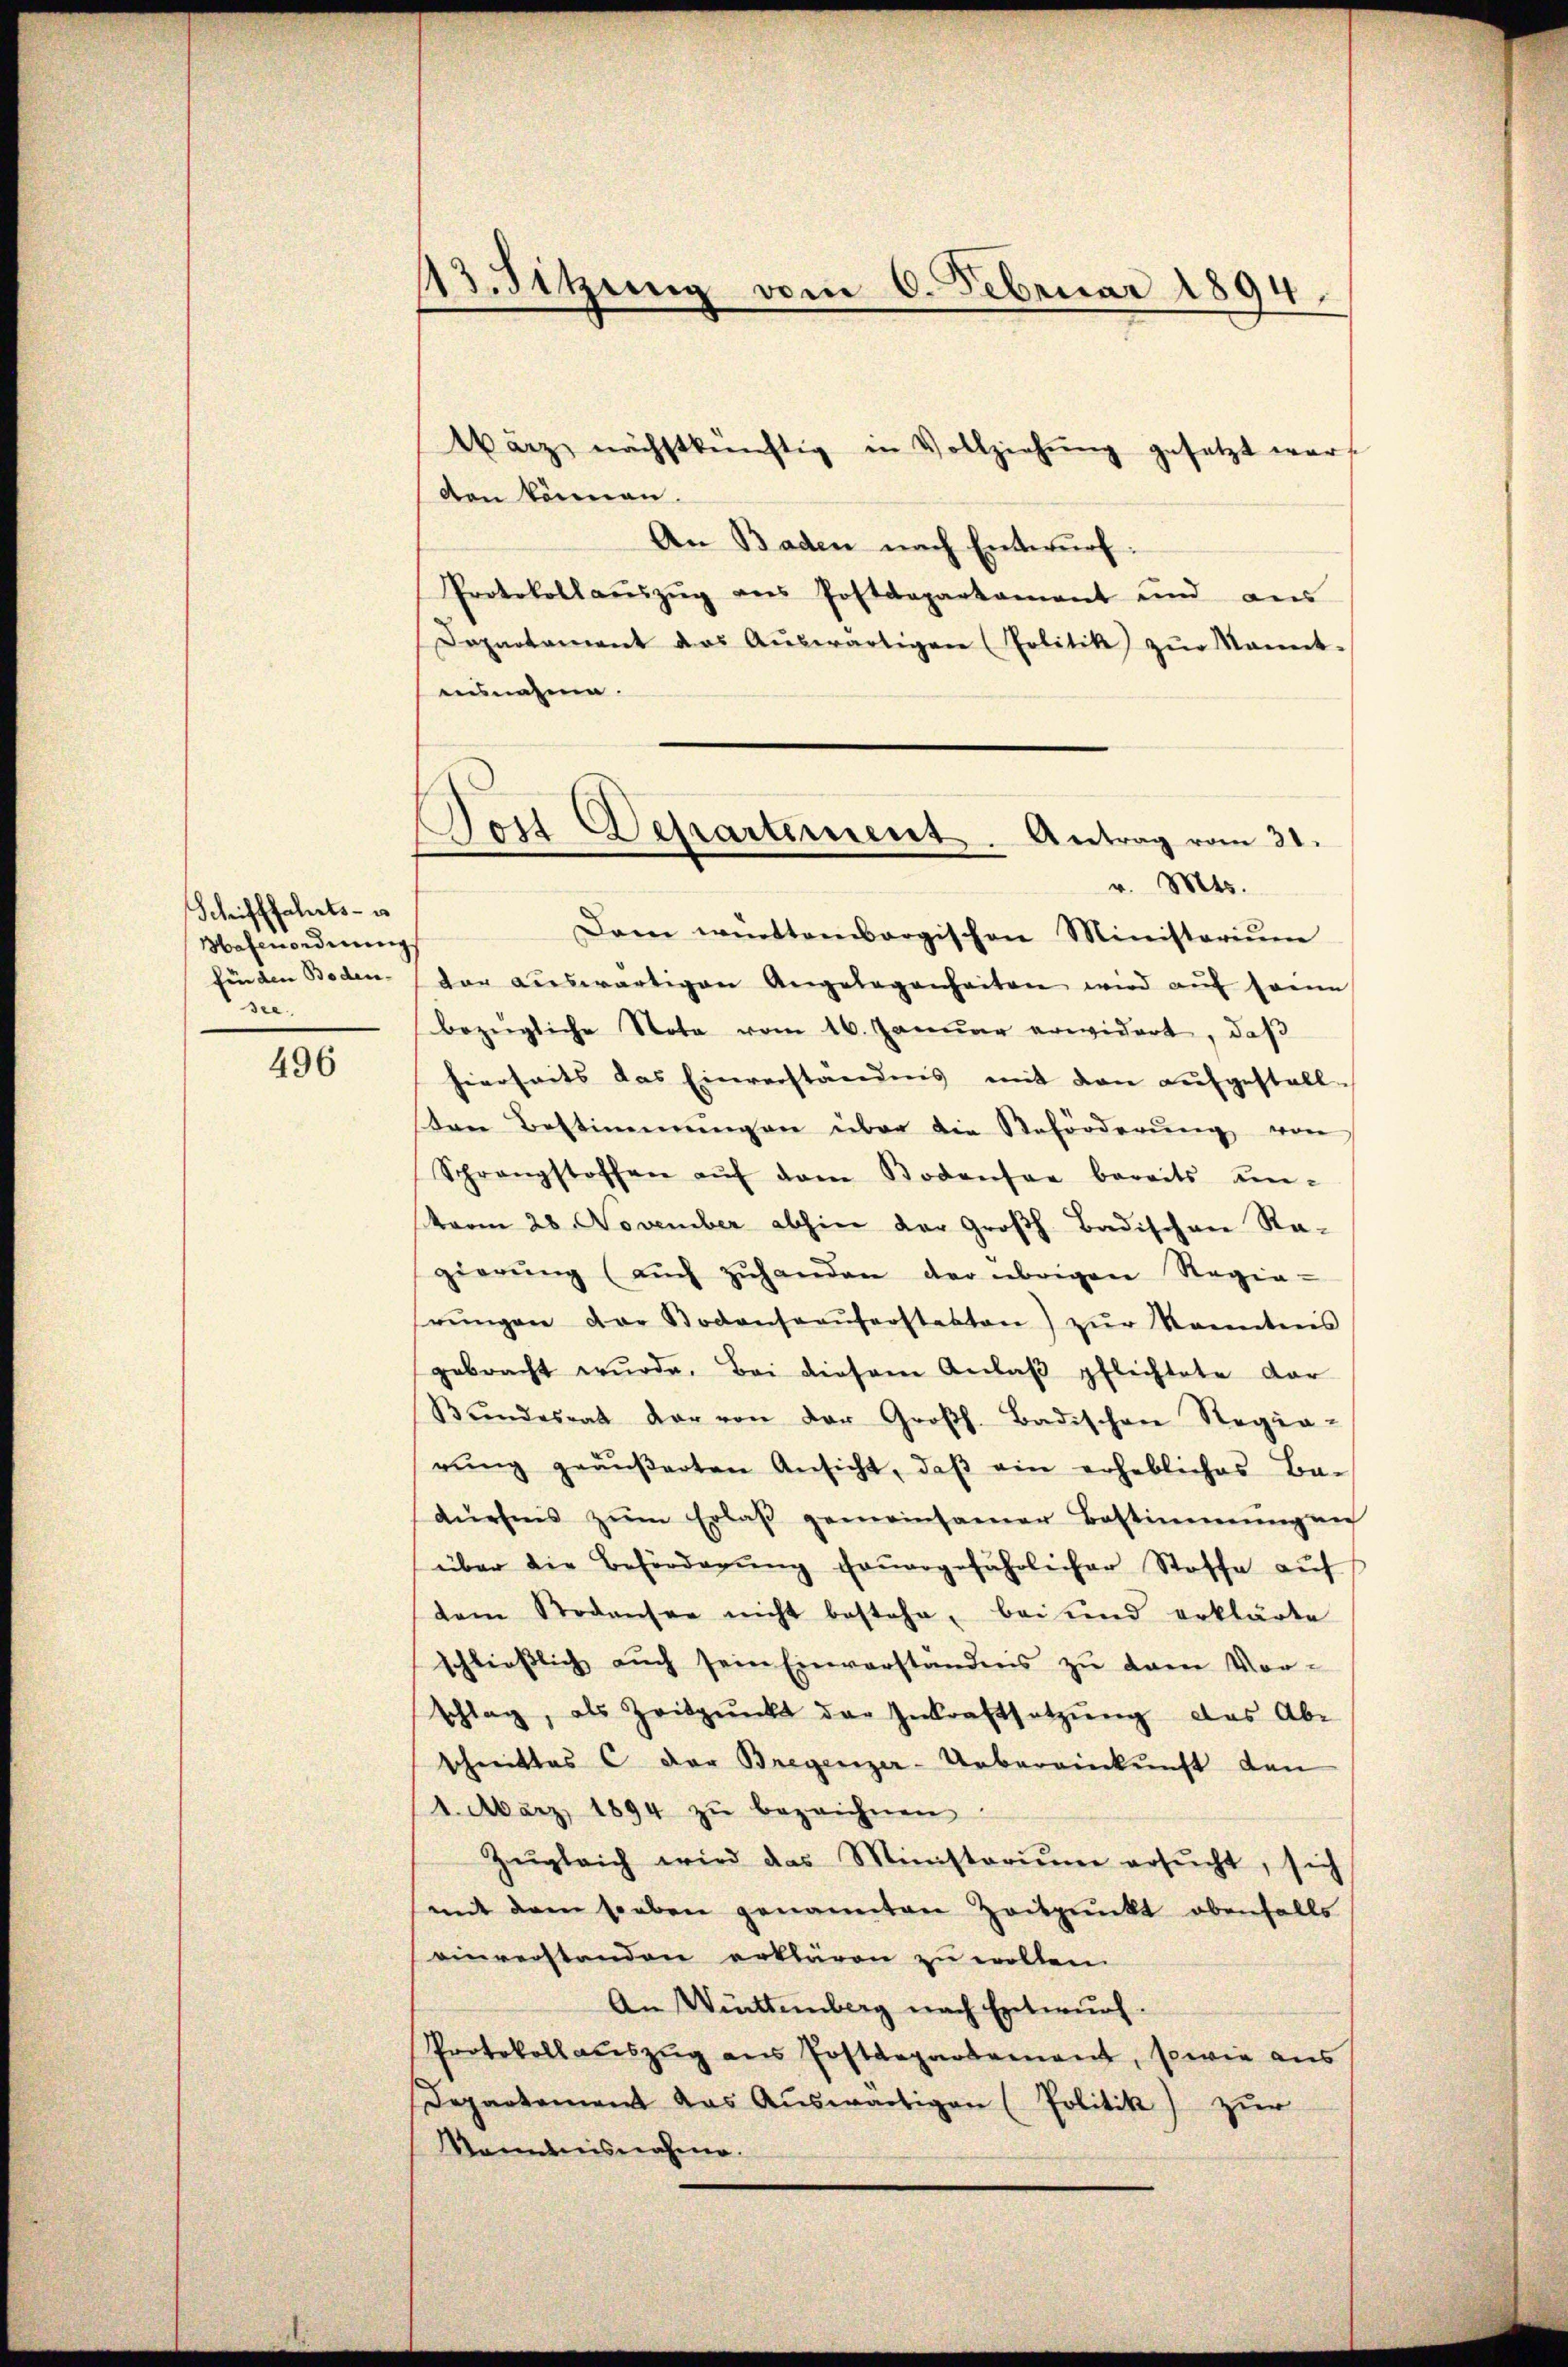
Schifffahrts- u
Mafenordnung
finden Boden-
see.

496

113. Sitzung vom 6. Februar 1894.

Jost Departement. Antrag vom 31.
v. Mts.

Wärz, nächstkünftig in Vollziehung gesetzt wer
den können.
An Baden nach Entwurf.
Protokollaŭszŭg ans Postdepartament und aus
Sopartament das Aŭswärtigen (Politik zŭr Mannt-
ausnahme.
Dam wettenbergischen Ministerium
dar aŭswärtigen Angelegenheiten wird aŭf dann
bezügliche Nota vom 16. Januar erwidert, daß
hierseits das Einverständnis mit den aufgestall
ten Bestimmungen über die Reforderŭng von
Schrangstoffen aŭf dem Bodensee bereits um-
term 28. November abhin der Großh. Badischen Ragierŭng (aŭch zŭhanden der übrigen Regie-
rŭngen der Bodensaaŭferstatten) zŭr Kenntnis
gebracht wŭrde. Bei diesem Anlaβ pflichtete dar
Bŭndesrat der von der Großh. Badischen Regia-
rŭng geäŭβerten Ansicht, daβ ein erhebliches Ba-
dürhes zŭm Erlaβ gemeinsamer Bestimmung an
über die Beförderŭng feŭergefährlicher Stoffe auf
dem Stodensee nicht bestehe, bei und erklärte
schlieβlich aŭch sein Einverständnis zŭ dem Vor-
schlag, als Zeitpunkt der Inkraftsetzŭng das Abe
schnittes C der Bregenzer-Uebereinkunft den
1. März 1894 zŭ bezeichnen.
Zŭgleich wird das Ministoriŭm ersŭcht, sich
(mit dem soeben genannten Zeitpunkt ebenfalls
einverstanden erklären zu wollen.
An Württemberg nach Entwurf.
Protokoll aŭszŭg ans Postdepartement, sowie aus
Departement das Auswärtigen (Politik zur
Kentnisnahme.